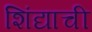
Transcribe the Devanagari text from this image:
शिंद्याची